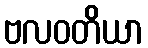
ဗလဝတိယာ